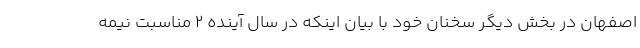
اصفهان در بخش دیگر سخنان خود با بیان اینکه در سال آینده ۲ مناسبت نیمه